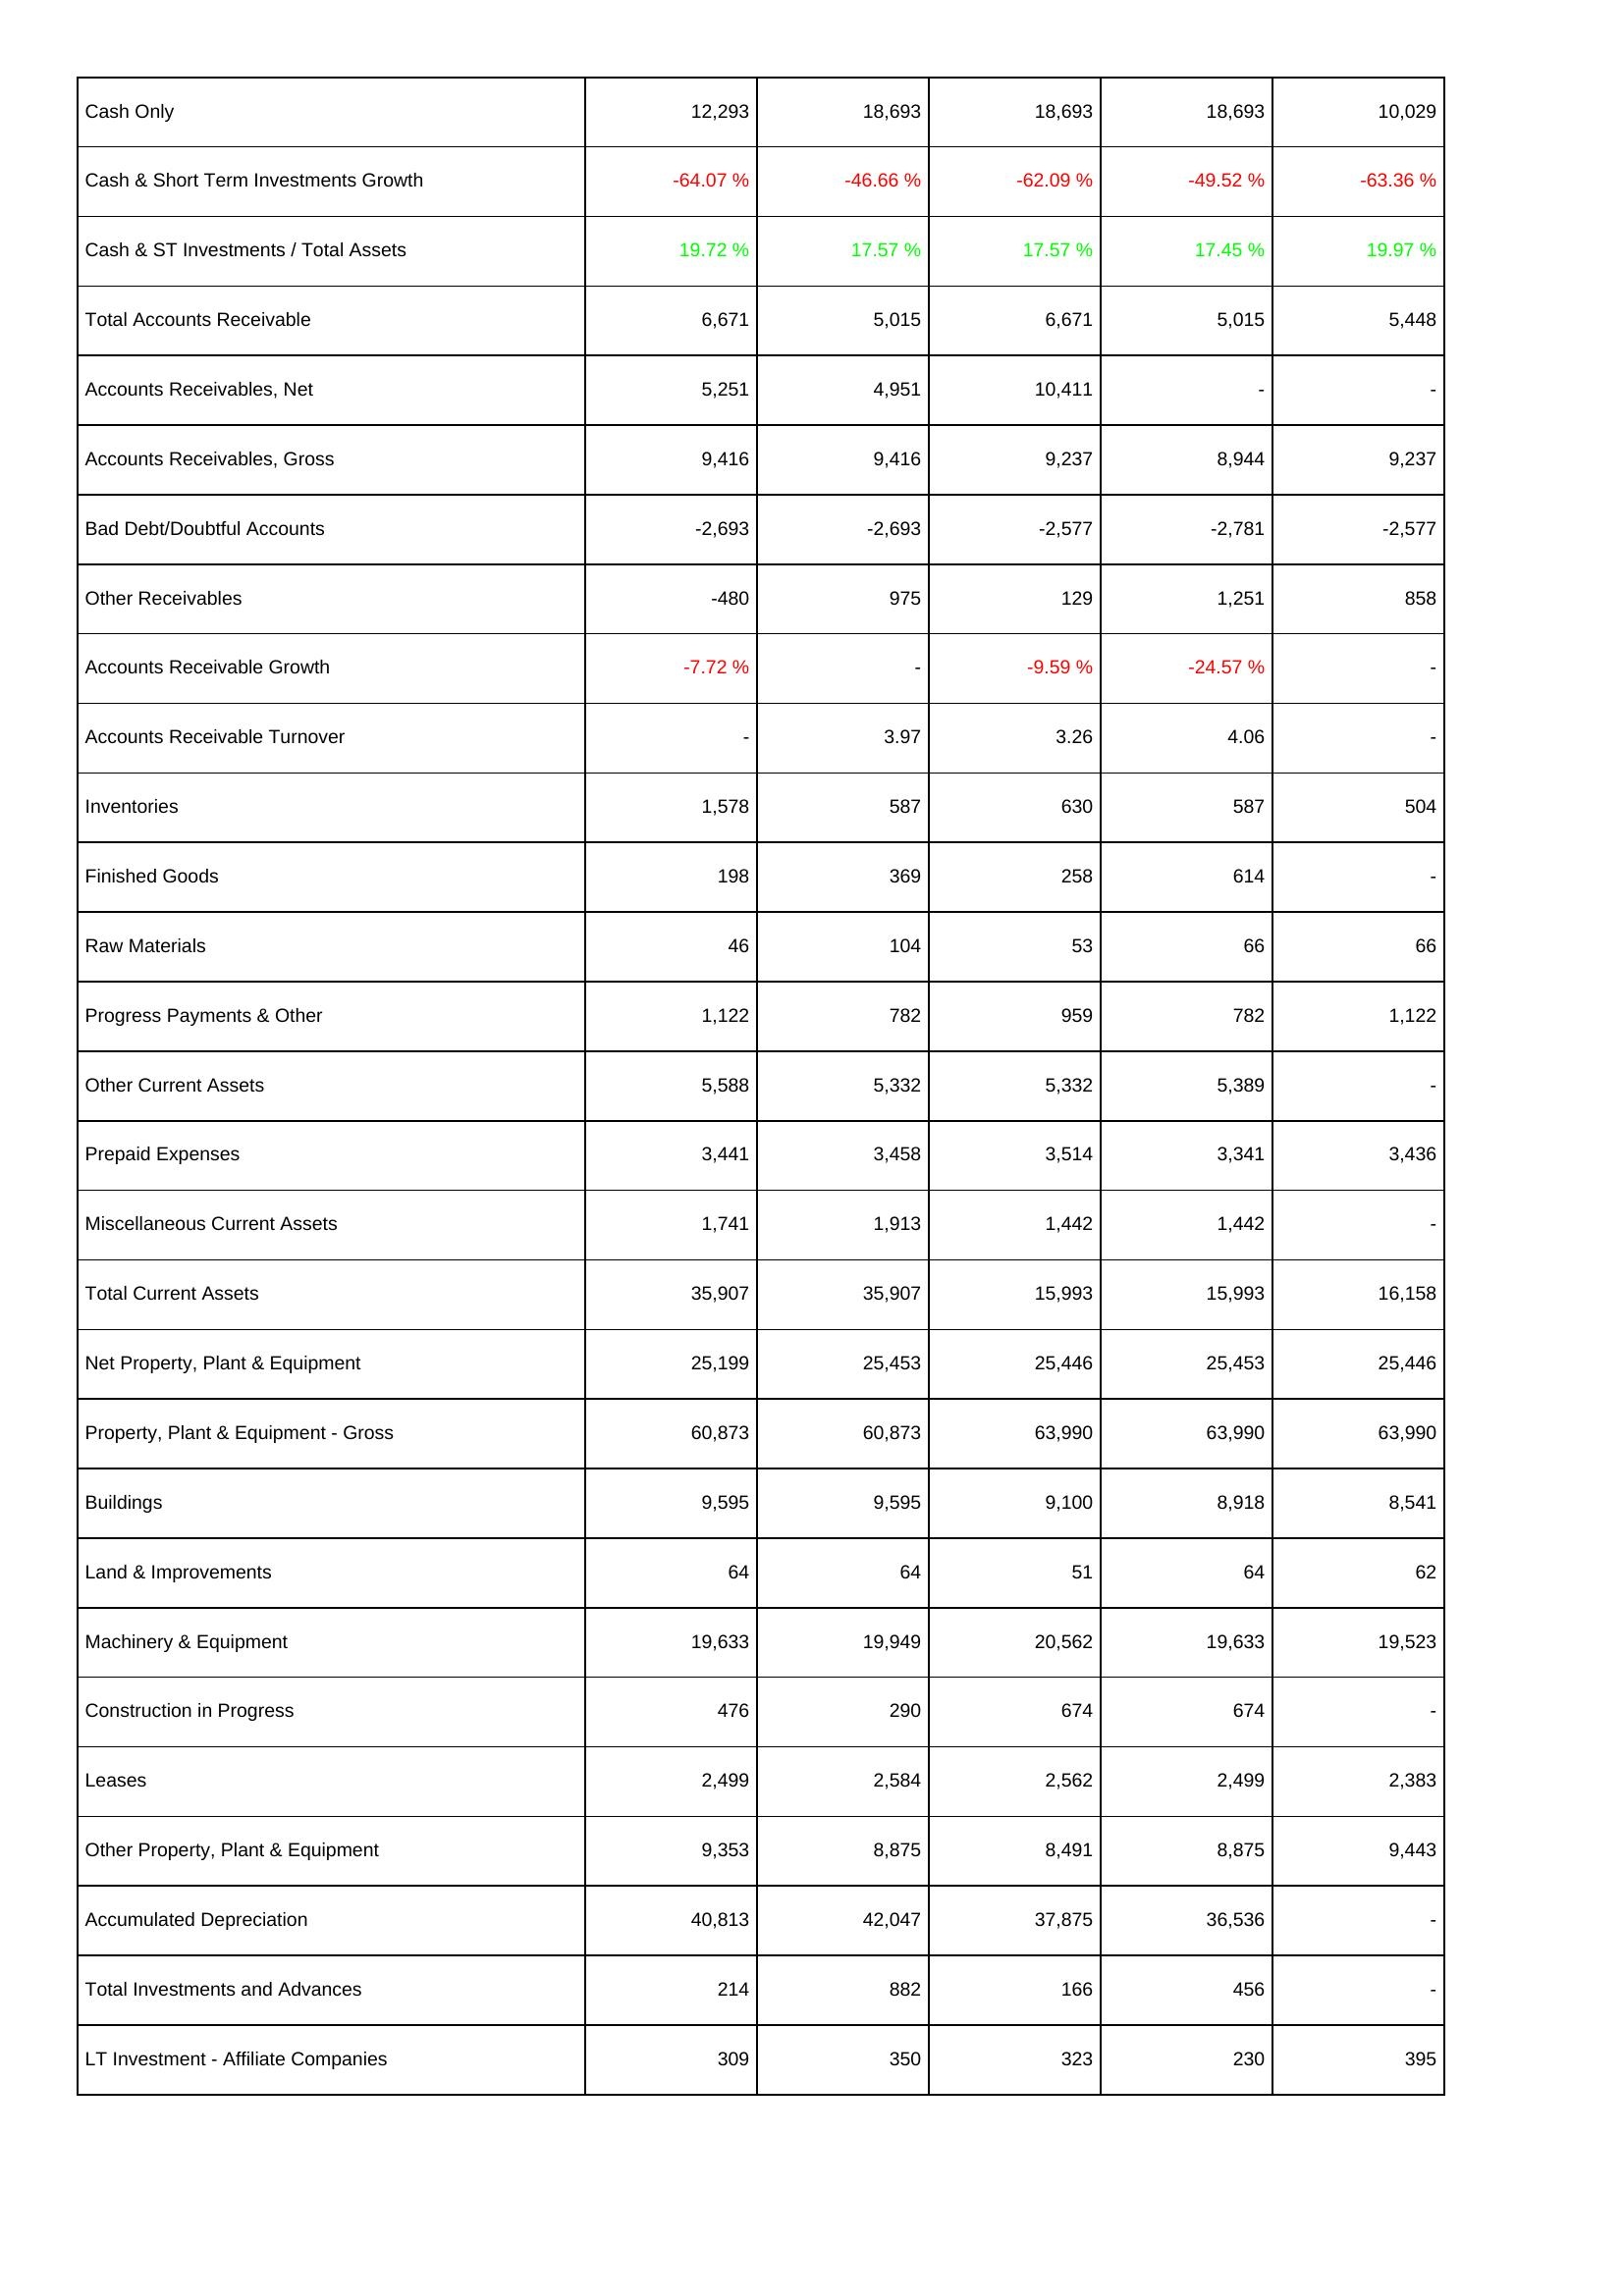
2010: Assets: Cash Only: 12,293
Cash & Short Term Investments Growth: -64.07 %
Cash & ST Investments / Total Assets: 19.72 %
Total Accounts Receivable: 6,671
Accounts Receivables, Net: 5,251
Accounts Receivables, Gross: 9,416
Bad Debt/Doubtful Accounts: -2,693
Other Receivables: -480
Accounts Receivable Growth: -7.72 %
Accounts Receivable Turnover: -
Inventories: 1,578
Finished Goods: 198
Raw Materials: 46
Progress Payments & Other: 1,122
Other Current Assets: 5,588
Prepaid Expenses: 3,441
Miscellaneous Current Assets: 1,741
Total Current Assets: 35,907
Net Property, Plant & Equipment: 25,199
Property, Plant & Equipment - Gross: 60,873
Buildings: 9,595
Land & Improvements: 64
Machinery & Equipment: 19,633
Construction in Progress: 476
Leases: 2,499
Other Property, Plant & Equipment: 9,353
Accumulated Depreciation: 40,813
Total Investments and Advances: 214
LT Investment - Affiliate Companies: 309
2009: Assets: Cash Only: 18,693
Cash & Short Term Investments Growth: -46.66 %
Cash & ST Investments / Total Assets: 17.57 %
Total Accounts Receivable: 5,015
Accounts Receivables, Net: 4,951
Accounts Receivables, Gross: 9,416
Bad Debt/Doubtful Accounts: -2,693
Other Receivables: 975
Accounts Receivable Growth: -
Accounts Receivable Turnover: 3.97
Inventories: 587
Finished Goods: 369
Raw Materials: 104
Progress Payments & Other: 782
Other Current Assets: 5,332
Prepaid Expenses: 3,458
Miscellaneous Current Assets: 1,913
Total Current Assets: 35,907
Net Property, Plant & Equipment: 25,453
Property, Plant & Equipment - Gross: 60,873
Buildings: 9,595
Land & Improvements: 64
Machinery & Equipment: 19,949
Construction in Progress: 290
Leases: 2,584
Other Property, Plant & Equipment: 8,875
Accumulated Depreciation: 42,047
Total Investments and Advances: 882
LT Investment - Affiliate Companies: 350
2008: Assets: Cash Only: 18,693
Cash & Short Term Investments Growth: -62.09 %
Cash & ST Investments / Total Assets: 17.57 %
Total Accounts Receivable: 6,671
Accounts Receivables, Net: 10,411
Accounts Receivables, Gross: 9,237
Bad Debt/Doubtful Accounts: -2,577
Other Receivables: 129
Accounts Receivable Growth: -9.59 %
Accounts Receivable Turnover: 3.26
Inventories: 630
Finished Goods: 258
Raw Materials: 53
Progress Payments & Other: 959
Other Current Assets: 5,332
Prepaid Expenses: 3,514
Miscellaneous Current Assets: 1,442
Total Current Assets: 15,993
Net Property, Plant & Equipment: 25,446
Property, Plant & Equipment - Gross: 63,990
Buildings: 9,100
Land & Improvements: 51
Machinery & Equipment: 20,562
Construction in Progress: 674
Leases: 2,562
Other Property, Plant & Equipment: 8,491
Accumulated Depreciation: 37,875
Total Investments and Advances: 166
LT Investment - Affiliate Companies: 323
2007: Assets: Cash Only: 18,693
Cash & Short Term Investments Growth: -49.52 %
Cash & ST Investments / Total Assets: 17.45 %
Total Accounts Receivable: 5,015
Accounts Receivables, Net: -
Accounts Receivables, Gross: 8,944
Bad Debt/Doubtful Accounts: -2,781
Other Receivables: 1,251
Accounts Receivable Growth: -24.57 %
Accounts Receivable Turnover: 4.06
Inventories: 587
Finished Goods: 614
Raw Materials: 66
Progress Payments & Other: 782
Other Current Assets: 5,389
Prepaid Expenses: 3,341
Miscellaneous Current Assets: 1,442
Total Current Assets: 15,993
Net Property, Plant & Equipment: 25,453
Property, Plant & Equipment - Gross: 63,990
Buildings: 8,918
Land & Improvements: 64
Machinery & Equipment: 19,633
Construction in Progress: 674
Leases: 2,499
Other Property, Plant & Equipment: 8,875
Accumulated Depreciation: 36,536
Total Investments and Advances: 456
LT Investment - Affiliate Companies: 230
2006: Assets: Cash Only: 10,029
Cash & Short Term Investments Growth: -63.36 %
Cash & ST Investments / Total Assets: 19.97 %
Total Accounts Receivable: 5,448
Accounts Receivables, Net: -
Accounts Receivables, Gross: 9,237
Bad Debt/Doubtful Accounts: -2,577
Other Receivables: 858
Accounts Receivable Growth: -
Accounts Receivable Turnover: -
Inventories: 504
Finished Goods: -
Raw Materials: 66
Progress Payments & Other: 1,122
Other Current Assets: -
Prepaid Expenses: 3,436
Miscellaneous Current Assets: -
Total Current Assets: 16,158
Net Property, Plant & Equipment: 25,446
Property, Plant & Equipment - Gross: 63,990
Buildings: 8,541
Land & Improvements: 62
Machinery & Equipment: 19,523
Construction in Progress: -
Leases: 2,383
Other Property, Plant & Equipment: 9,443
Accumulated Depreciation: -
Total Investments and Advances: -
LT Investment - Affiliate Companies: 395